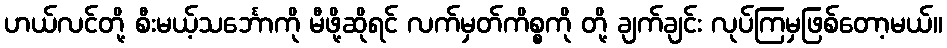
ဟယ်လင်တို့ စီးမယ့်သင်္ဘောကို မီဖို့ဆိုရင် လက်မှတ်ကိစ္စကို တို့ ချက်ချင်း လုပ်ကြမှဖြစ်တော့မယ်။